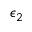
\epsilon _ { 2 }